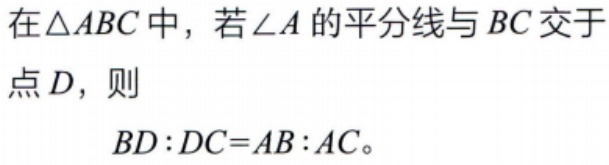
在$\triangle ABC$中，若$\angle A$的平分线与$BC$交于点$D$，则
$BD:DC = AB:AC$。